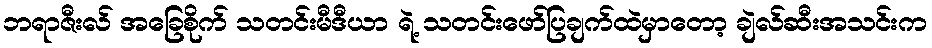
ဘရာဇီးလ် အခြေစိုက် သတင်းမီဒီယာ ရဲ့ သတင်းဖော်ပြချက်ထဲမှာတော့ ချဲလ်ဆီးအသင်းက